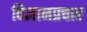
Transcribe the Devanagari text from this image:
विज्ञानप्रचार